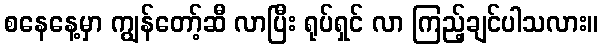
စနေနေ့မှာ ကျွန်တော့်ဆီ လာပြီး ရုပ်ရှင် လာ ကြည့်ချင်ပါသလား။